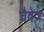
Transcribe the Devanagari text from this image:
चैवेज़